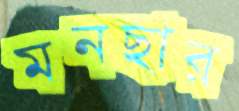
মনছার